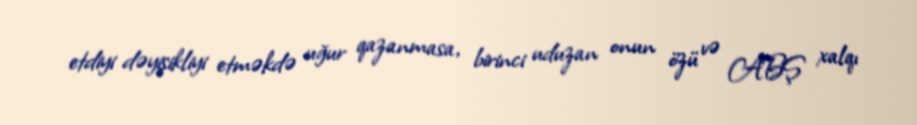
etdiyi dəyişikliyi etməkdə uğur qazanmasa, birinci uduzan onun özü və ABŞ xalqı